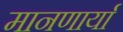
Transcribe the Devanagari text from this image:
मानणार्या